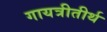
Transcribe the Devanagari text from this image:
गायत्रीतीर्थ